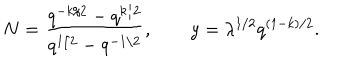
N = { \frac { q ^ { - k / 2 } - q ^ { k / 2 } } { q ^ { 1 / 2 } - q ^ { - 1 / 2 } } } , \qquad y = \lambda ^ { 1 / 2 } q ^ { ( 1 - k ) / 2 } .